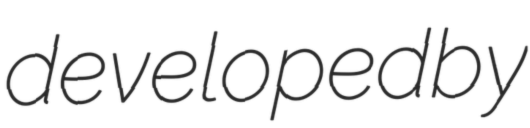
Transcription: developed by